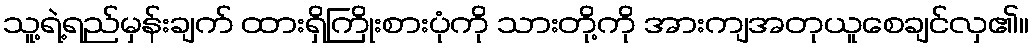
သူ့ရဲ့ရည်မှန်းချက် ထားရှိကြိုးစားပုံကို သားတို့ကို အားကျအတုယူစေချင်လှ၏။